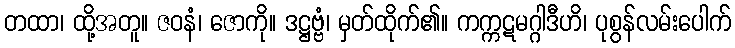
တထာ၊ ထို့အတူ။ ဇဝနံ၊ ဇောကို။ ဒဋ္ဌဗ္ဗံ၊ မှတ်ထိုက်၏။ ကက္ကဋမဂ္ဂါဒီဟိ၊ ပုစွန်လမ်းပေါက်